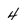
Character: 4